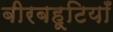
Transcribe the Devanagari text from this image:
बीरबहूटियाँ